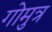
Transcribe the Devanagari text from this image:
गोमुत्र